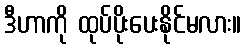
ဒီဟာကို ထုပ်ပိုးပေးနိုင်မလား။